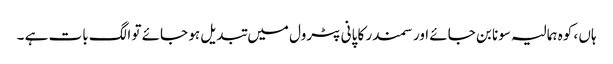
ہاں ، کوہ ہمالیہ سونا بن جائے اور سمندر کا پانی پٹرول میں تبدیل ہو جائے تو الگ بات ہے ۔